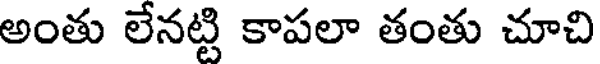
అంతు లేనట్టి కాపలా తంతు చూచి